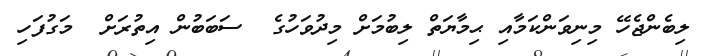
ލިބެންޖެހޭ މިނިވަންކަމާއި ޙިމާޔަތް ލިބުމަށް މިދުވަހުގެ  ސަބަބުން އިތުރަށް  މަގުފަހި